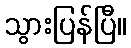
သွားပြန်ပြီ။